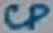
Text: CP